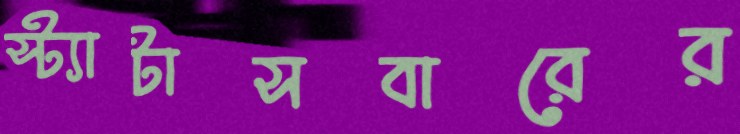
স্ট্যাটাসবারের